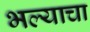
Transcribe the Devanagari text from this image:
भल्याचा